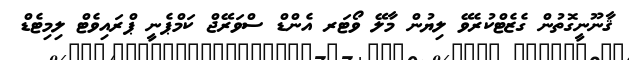
ޤާނޫނީގޮތުން ގެޒެޓްކުރެވޭ ލިޔުން މާލޭ ވޯޓަރ އެންޑް ސްވަރޭޖް ކަމްޕެނީ ޕްރައިވެޓް ލިމިޓެޑް